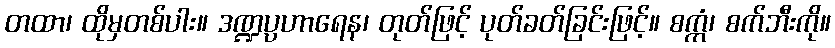
တထာ၊ ထိုမှတစ်ပါး။ ဒဏ္ဍပ္ပဟာရေန၊ တုတ်ဖြင့် ပုတ်ခတ်ခြင်းဖြင့်။ စက္ကံ၊ စက်ဘီးကို။